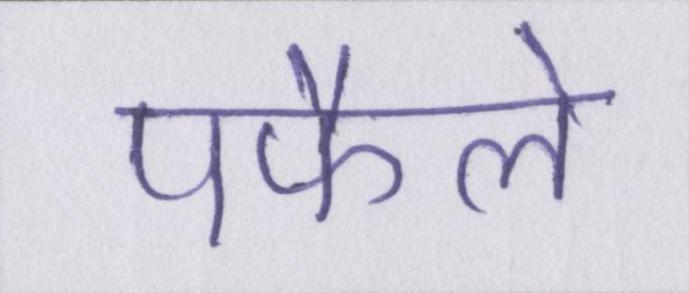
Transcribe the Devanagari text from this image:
पफैले